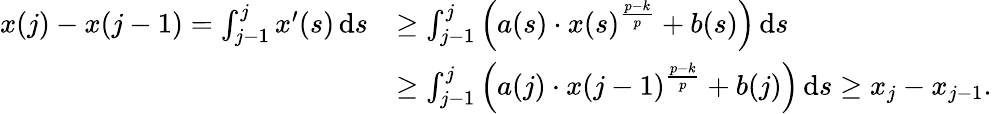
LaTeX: \begin{array}{rl}{x(j)-x(j-1)=\int_{j-1}^{j}x^{\prime}(s)\, \mathrm{d}{s}}&{\geq\int_{j-1}^{j}\left(a(s)\cdot x(s)^{\frac{p-k}{p}}+b(s)\right)\, \mathrm{d}{s}}\\ &{\ge\int_{j-1}^{j}\left(a(j)\cdot x(j-1)^{\frac{p-k}{p}}+b(j)\right)\, \mathrm{d}{s}\ge x_{j}-x_{j-1}.}\end{array}